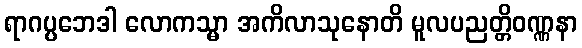
ရာဂပ္ပဘေဒါ လောကသ္မာ အကိလာသုနောတိ မူလပညတ္တိဝဏ္ဏနာ